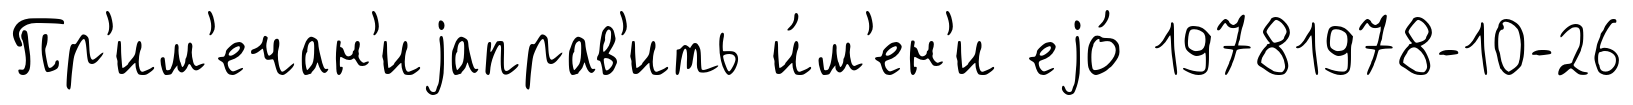
Пр'им'ечан'иjаправ'ить и́м'ен'и еjо́ 19781978-10-26